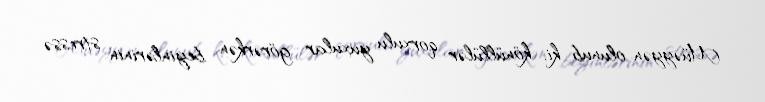
Müəyyən olunub ki, könüllülər qorxulu yuxular görərkən beyinlərinin stressə